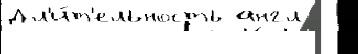
Дл'и́т'ельность англ